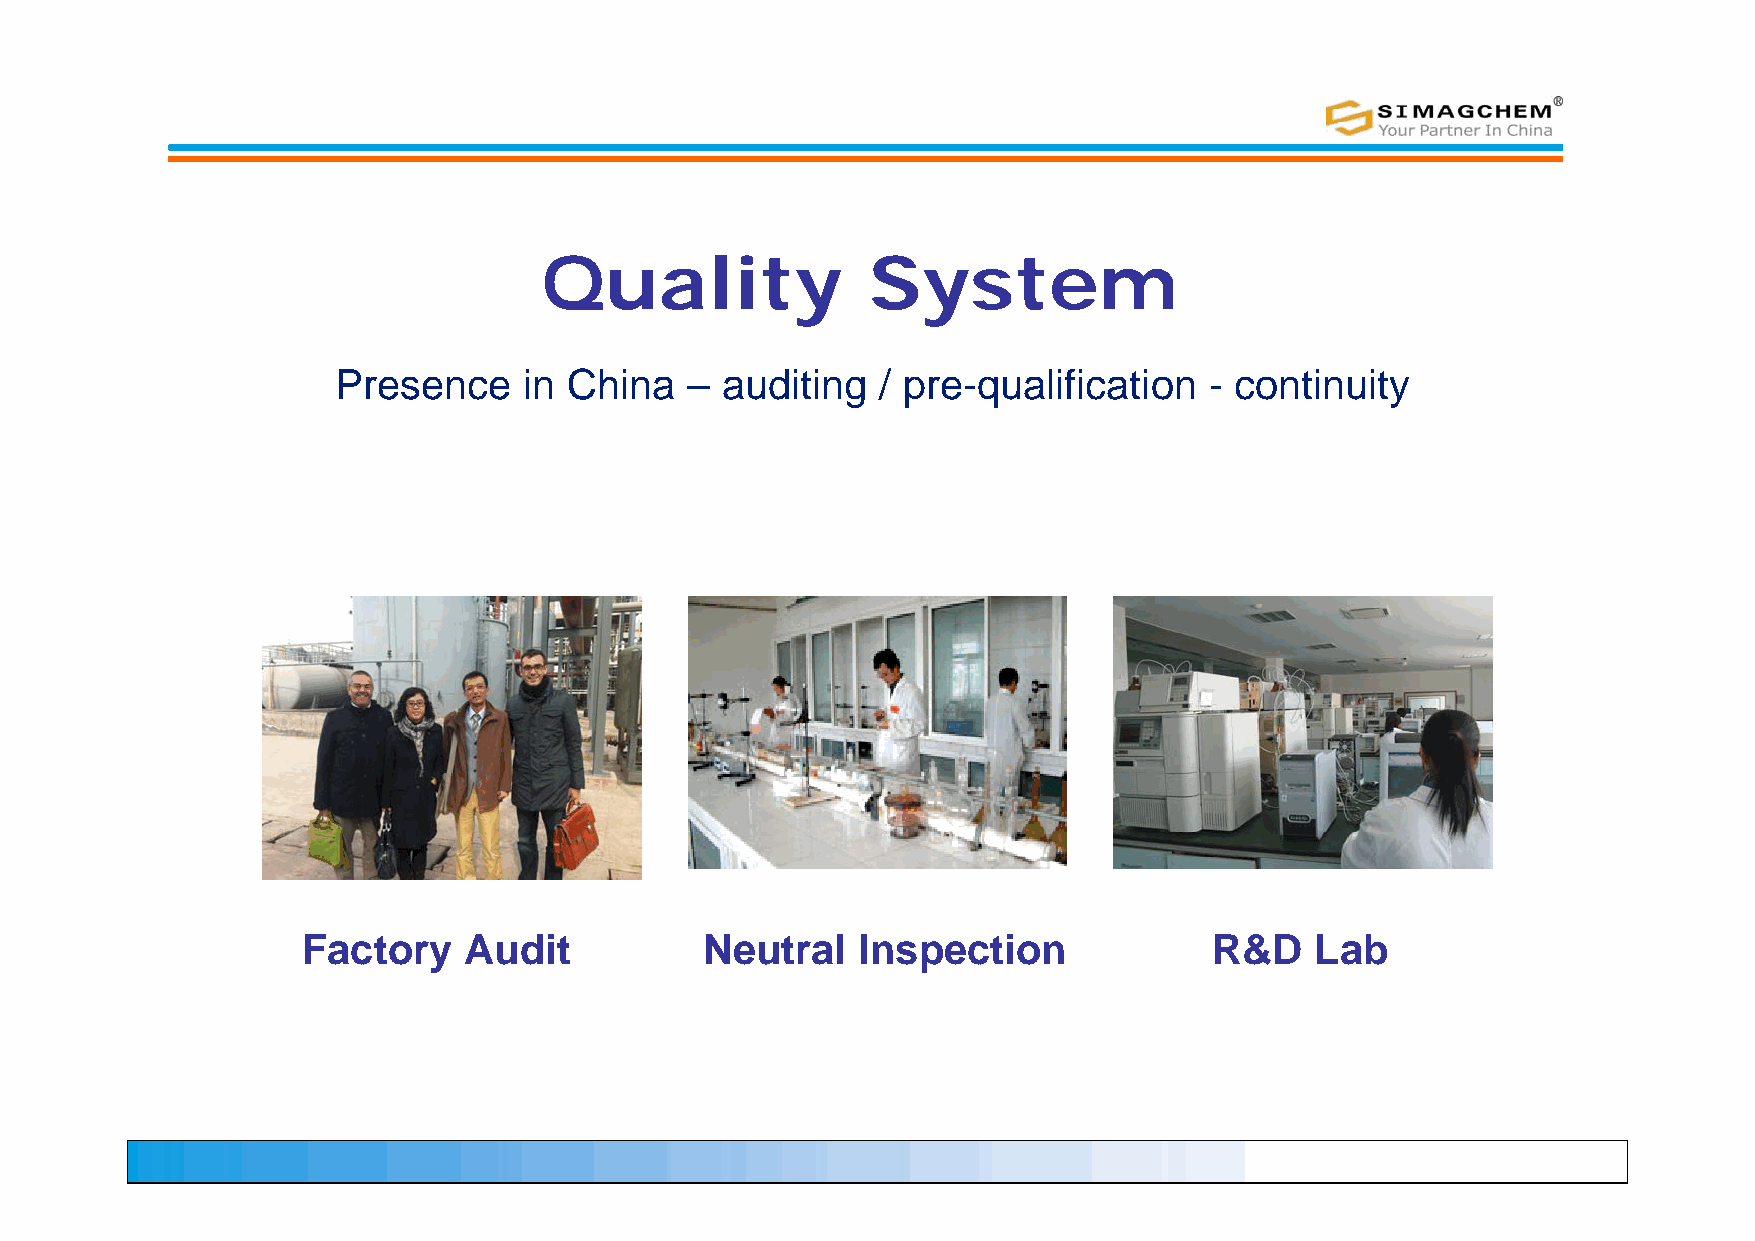
Quality              System
 Presence     in China  –  auditing  / pre-qualification   - continuity
 Factory    Audit           Neutral   Inspection             R&D    Lab